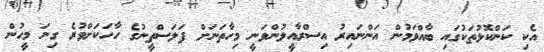
އެކި ކަންކޮޅުތަކުގައި ބާއްވަމުން އަންނައިރު އިސްރާއީލުންވަނީ މިހާތަނަށް ފަލަސްތީނުގެ ހާހަކަށްވުރެ ގިނަ މީހުން